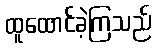
ထူထောင်ခဲ့ကြသည်